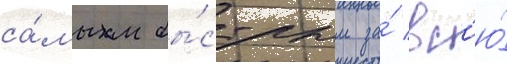
са́мым бы́стрым за́ вс'ю́